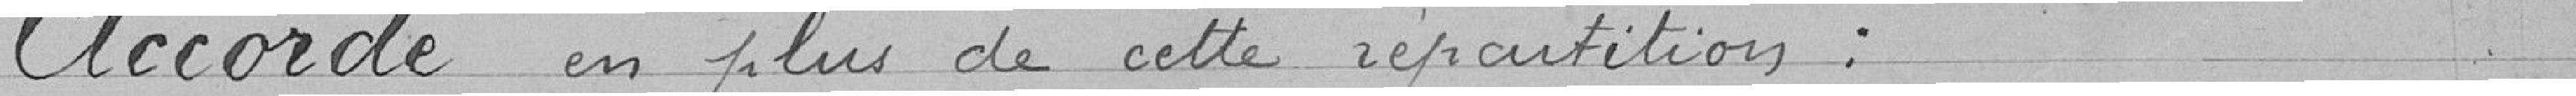
Accorde en plus de cette répartition :